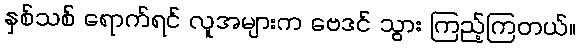
နှစ်သစ် ရောက်ရင် လူအများက ဗေဒင် သွား ကြည့်ကြတယ်။